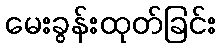
မေးခွန်းထုတ်ခြင်း